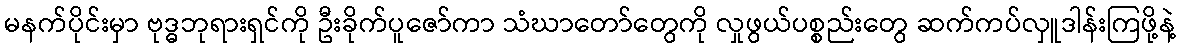
မနက်ပိုင်းမှာ ဗုဒ္ဓဘုရားရှင်ကို ဦးခိုက်ပူဇော်ကာ သံဃာတော်တွေကို လှုဖွယ်ပစ္စည်းတွေ ဆက်ကပ်လှူဒါန်းကြဖို့နဲ့